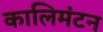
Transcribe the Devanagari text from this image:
कालिमंटन